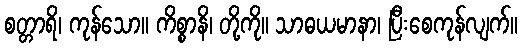
စတ္တာရိ၊ ကုန်သော။ ကိစ္စာနိ၊ တို့ကို။ သာဓယမာနာ၊ ပြီးစေကုန်လျက်။